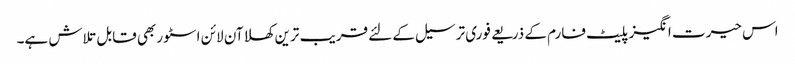
اس حیرت انگیز پلیٹ فارم کے ذریعے فوری ترسیل کے لئے قریب ترین کھلا آن لائن اسٹور بھی قابل تلاش ہے۔